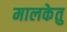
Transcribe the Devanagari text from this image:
मालकेतु